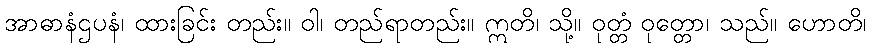
အာဓာနံဌပနံ၊ ထားခြင်း တည်း။ ဝါ၊ တည်ရာတည်း။ ဣတိ၊ သို့။ ဝုတ္တံ ဝုတ္တော၊ သည်။ ဟောတိ၊